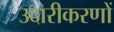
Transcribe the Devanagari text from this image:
उदारीकरणों